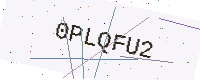
Text: 0PLQFU2